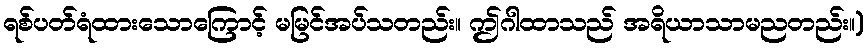
ရစ်ပတ်ရံထားသောကြောင့် မမြင်အပ်သတည်း။ ဤဂါထာသည် အရိယာသာမညတည်း။)